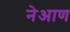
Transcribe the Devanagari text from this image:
नेआण